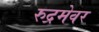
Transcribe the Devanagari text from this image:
रुद्रमेवर